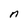
Character: n